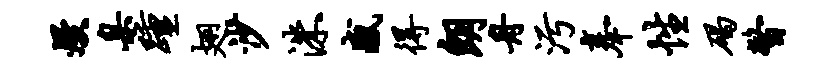
熳臬踵翅沙洙感得朗舟污奉性碣瞥